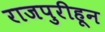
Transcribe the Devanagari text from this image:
राजपुरीहून